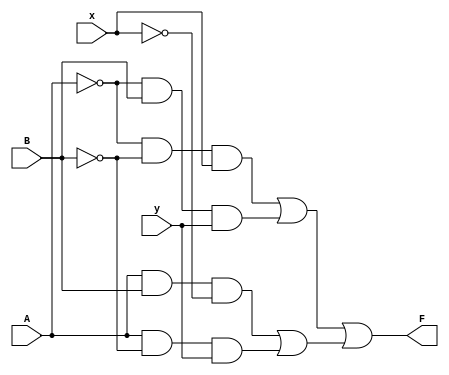
module multiFunction2(A,B,x,y,F);
input A,B,x,y;
output F;
wire a, b, c, d, e, f, g, h, i, j;
and a1(a, ~A, ~B);
and a2(b, a, x);

and a3(c, ~A, B);
and a4(d, c, y);

and a5(e, A, B);
and a6(f, e, ~x);

and a7(g, A, ~B);
and a8(h, g, y);
or a9(i, b, d);
or a10(j, f, h);
or a11(F, i, j);
endmodule